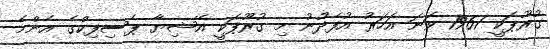
ގުރޫޕަކީ 1961 ވަނަ އަހަރު އުފެދުނު މި ގުރޫޕަކީ އޭޝިޔާ ޕެސިފިކްގެ އެންމެ